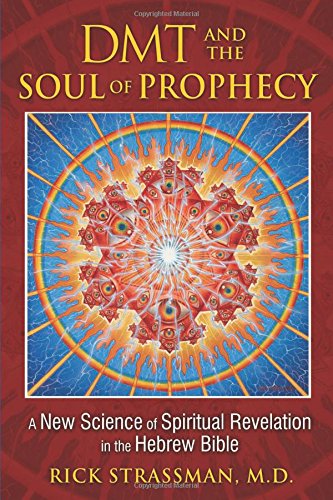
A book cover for DMT and the Soul of Prophecy: A New Science of Spiritual Revelation in the Hebrew Bible; Rick Strassman M.D.; Religion & Spirituality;